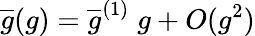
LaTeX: \overline{{{g}}}(g)=\overline{{{g}}}^{(1)}\; g+O(g^{2})